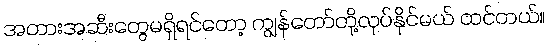
အတားအဆီးတွေမရှိရင်တော့ ကျွန်တော်တို့လုပ်နိုင်မယ် ထင်တယ်။